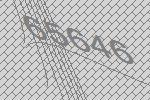
65646